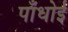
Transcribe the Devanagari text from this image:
पाँधोई